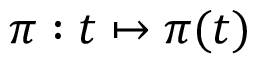
\pi : t \mapsto \pi ( t )